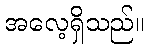
အလေ့ရှိသည်။